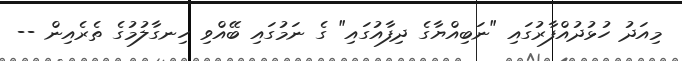
މިއަދު ހުޅުދުއްފާރުގައި "ނަބިއްޔާގެ ދިފާއުގައި" ގެ ނަމުގައި ބޭއްވި ހިނގާލުމުގެ ތެރެއިން --